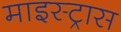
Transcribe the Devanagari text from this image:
माइस्ट्रास